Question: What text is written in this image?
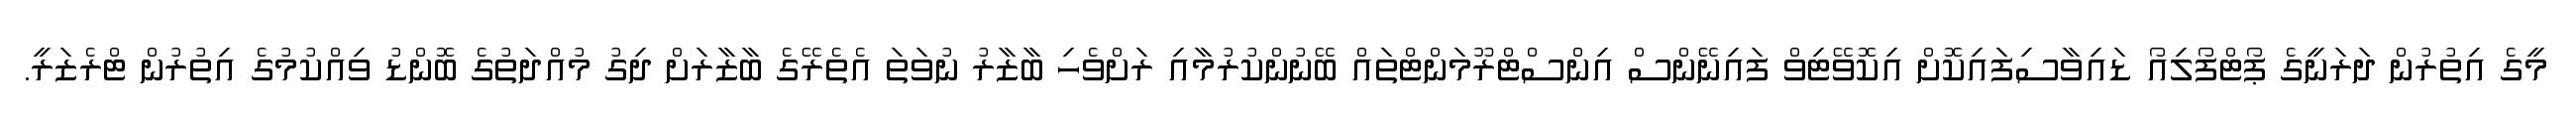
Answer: މީގެ އިތުރުން ދަރަނީގެ ޕޯޓްފޯލިއޯ ޑައިވާސިފައިކޮށް އިކޮވޭޓިވް ފައިނޭންސް އިންސްޓްރޫމަންޓްތައް ބޭނުންކުރުމާއި ރަށްވެހި ބާޒާރު ނުވަތަ އެތެރޭގެ ބާޒާރަށް ދިގު މުއްދަތުގެ ބޮންޑު ވިއްކުމުގެ އިތުރުން ޓްރެޒަރީ.